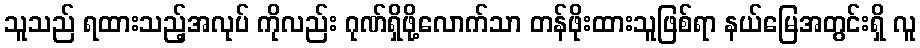
သူသည် ရထားသည့်အလုပ် ကိုလည်း ဂုဏ်ရှိဖို့လောက်သာ တန်ဖိုးထားသူဖြစ်ရာ နယ်မြေအတွင်းရှိ လူ